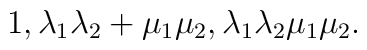
1, \lambda_1\lambda_2+\mu_1\mu_2,\lambda_1\lambda_2\mu_1\mu_2.